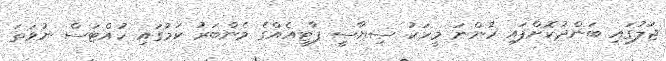
ޖަލުގައި ބަންދުކޮށްފައި ހުންނަ މީހަކު ސިޔާސީ ޕާޓީއެއްގެ މެންބަރު ކަމުގައި ހުއްޓަސް ނުވަތަ